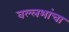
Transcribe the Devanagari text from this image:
वल्लभांचा